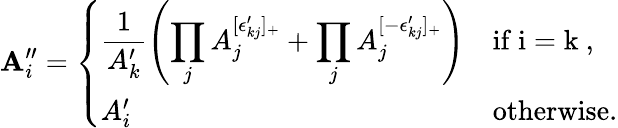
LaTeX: \mathbf{A}_{i}^{\prime\prime}=\left\{ \begin{array}{ll}{\displaystyle\frac{1}{A_{k}^{\prime}}\left(\prod_{j}A_{j}^{[\epsilon_{kj}^{\prime}]_{+}}+\prod_{j}A_{j}^{[-\epsilon_{kj}^{\prime}]_{+}}\right)}&{\mathrm{if~i=k~},}\\ {A_{i}^{\prime}}&{\mathrm{otherwise}.}\end{array}\right.